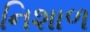
નિશાળ